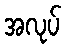
အလုပ်